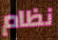
نظام